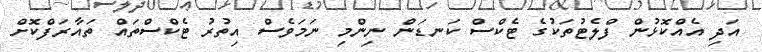
އަދި އެއްކޮޅުން ފްލެޓުތަކުގެ ޓެކްސް ކަނޑަން ނިންމި ނަމަވެސް އިތުރު ޓެކްސްތައް ތައާރަފްކޮށް